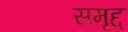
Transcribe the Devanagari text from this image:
समृद्द